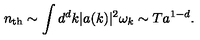
n _ { \mathrm { t h } } \sim \int d ^ { d } k \vert a ( k ) \vert ^ { 2 } \omega _ { k } \sim T a ^ { 1 - d } .